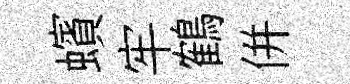
蠙牢鶴併